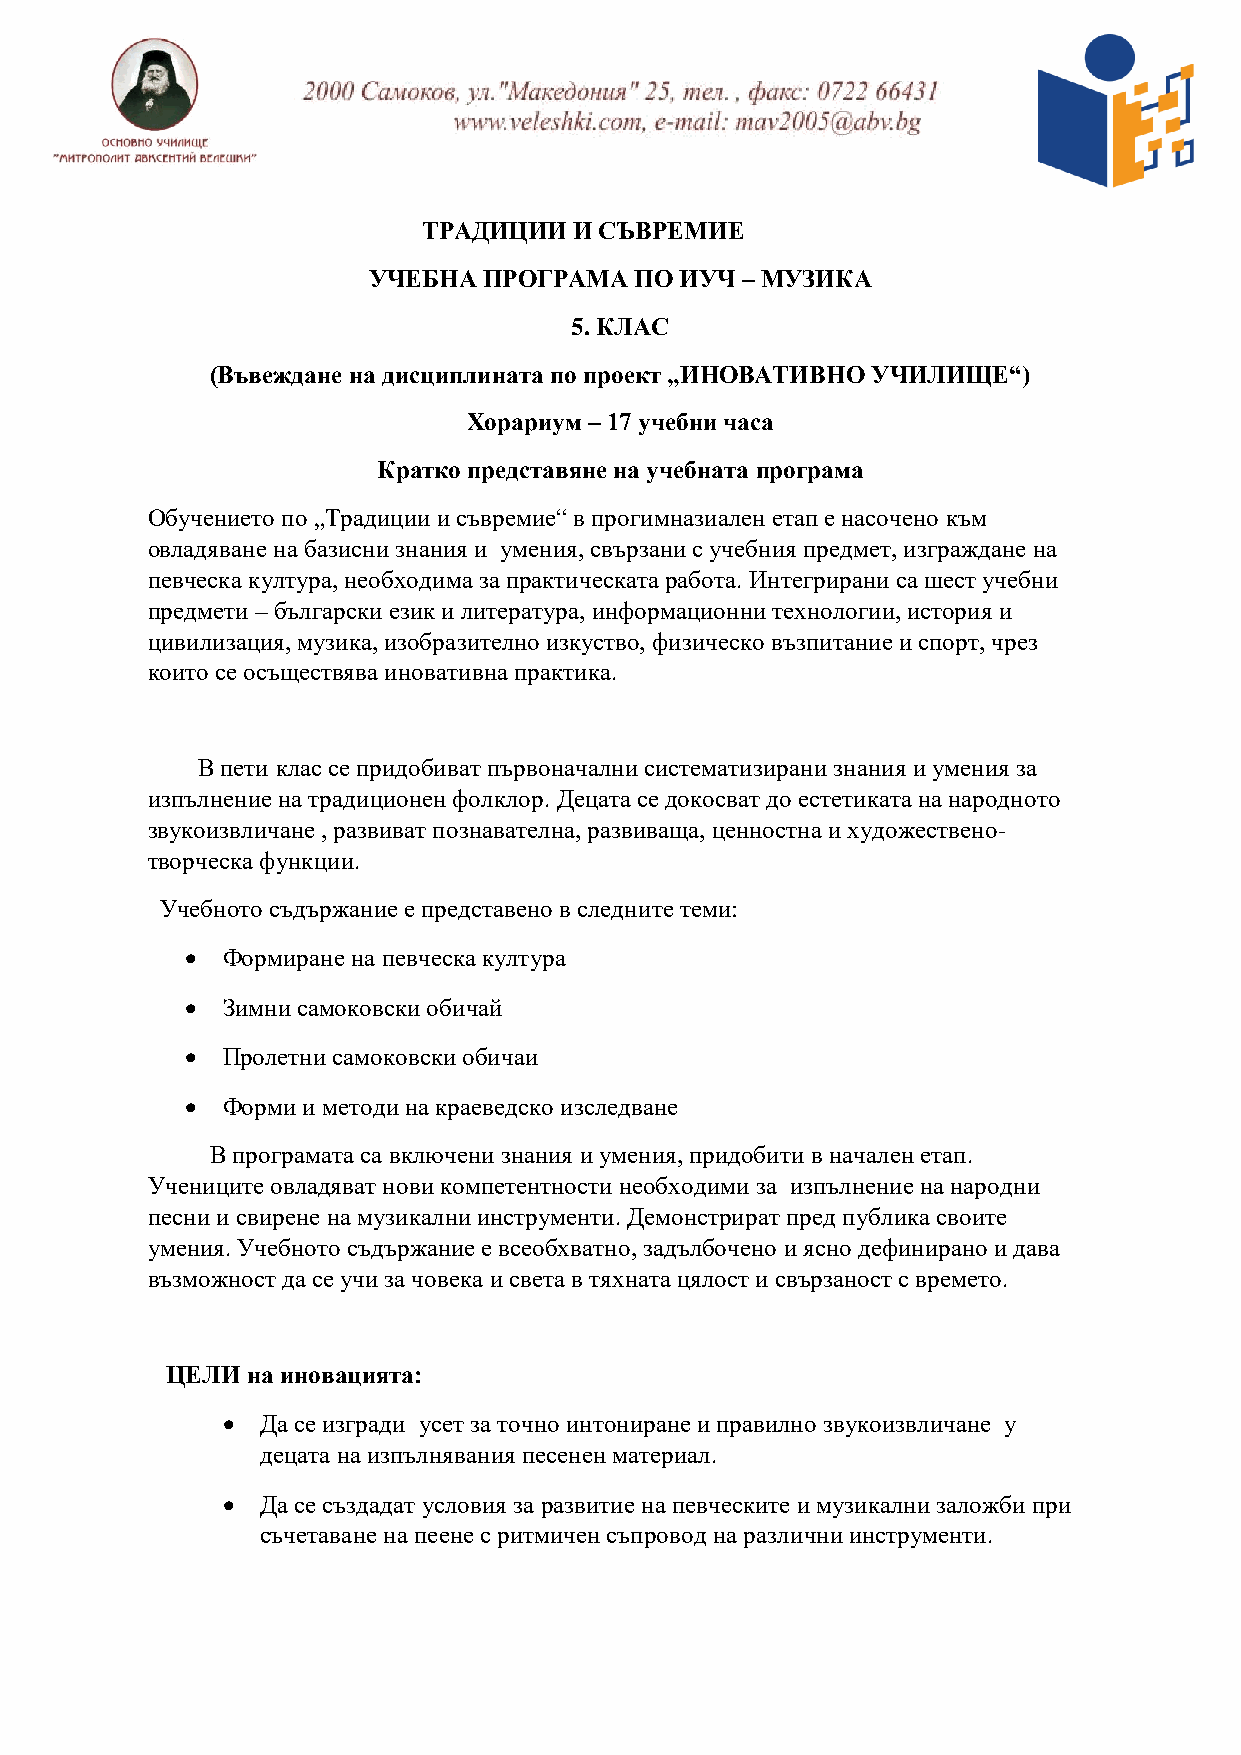
ТРАДИЦИИ  И СЪВРЕМИЕ
 УЧЕБНА  ПРОГРАМА  ПО ИУЧ – МУЗИКА
 5. КЛАС
 (Въвеждане на дисциплината по проект „ИНОВАТИВНО УЧИЛИЩЕ“)
 Хорариум – 17 учебни часа
 Кратко представяне на учебната програма
 Обучението по „Традиции и съвремие“ в прогимназиален етап е насочено към
 овладяване на базисни знания и умения, свързани с учебния предмет, изграждане на
 певческа култура, необходима за практическата работа. Интегрирани са шест учебни
 предмети – български език и литература, информационни технологии, история и
 цивилизация, музика, изобразително изкуство, физическо възпитание и спорт, чрез
 които се осъществява иновативна практика.
 В пети клас се придобиват първоначални систематизирани знания и умения за
 изпълнение на традиционен фолклор. Децата се докосват до естетиката на народното
 звукоизвличане , развиват познавателна, развиваща, ценностна и художествено-
 творческа функции.
 Учебното съдържание е представено в следните теми:
   Формиране на певческа култура
   Зимни самоковски обичай
   Пролетни самоковски обичаи
   Форми и методи на краеведско изследване
 В програмата са включени знания и умения, придобити в начален етап.
 Учениците овладяват нови компетентности необходими за изпълнение на народни
 песни и свирене на музикални инструменти. Демонстрират пред публика своите
 умения. Учебното съдържание е всеобхватно, задълбочено и ясно дефинирано и дава
 възможност да се учи за човека и света в тяхната цялост и свързаност с времето.
 ЦЕЛИ на иновацията:
  Да се изгради усет за точно интониране и правилно звукоизвличане у
 децата на изпълнявания песенен материал.
  Да се създадат условия за развитие на певческите и музикални заложби при
 съчетаване на пеене с ритмичен съпровод на различни инструменти.